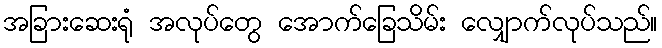
အခြားဆေးရုံ အလုပ်တွေ အောက်ခြေသိမ်း လျှောက်လုပ်သည်။